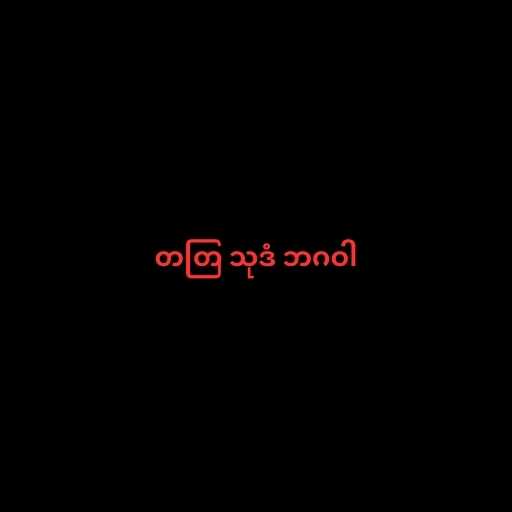
တတြ သုဒံ ဘဂဝါ